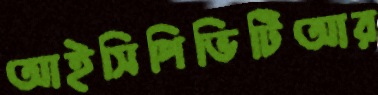
আইসিপিভিটিআর